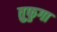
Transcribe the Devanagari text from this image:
तुफुगा